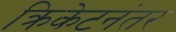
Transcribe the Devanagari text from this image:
क्रिकेटनंतर